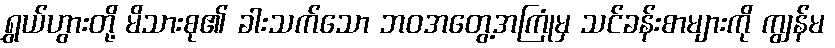
ရွှယ်ဟွားတို့ မိသားစု၏ ခါးသက်သော ဘဝအတွေ့အကြုံမှ သင်ခန်းစာများကို ကျွန်မ